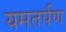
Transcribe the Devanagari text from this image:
यमतर्पण